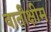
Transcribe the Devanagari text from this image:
वातीक्षीम